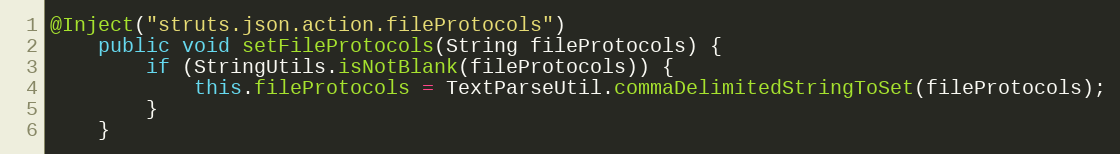
Language: Java
@Inject("struts.json.action.fileProtocols")
	public void setFileProtocols(String fileProtocols) {
		if (StringUtils.isNotBlank(fileProtocols)) {
			this.fileProtocols = TextParseUtil.commaDelimitedStringToSet(fileProtocols);
		}
	}